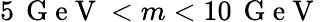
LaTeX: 5\, \mathrm{~G~e~V~}<m<10\, \mathrm{~G~e~V~}